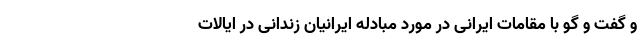
و گفت و گو با مقامات ایرانی در مورد مبادله ایرانیان زندانی در ایالات